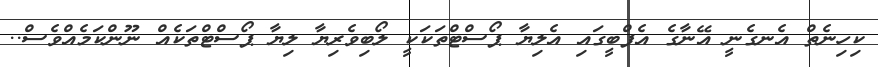
ކިހިނެތް އެނގެނީ އޭނާގެ އެފްބީގައި އެލިޔާ ޕޯސްޓްތަކަކީ ލޯބިވެރިޔާ ލިޔާ ޕޯސްޓްތަކެއް ނޫންކަމެއްވެސް..